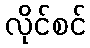
လိုင်စင်